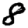
Digit: 8